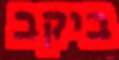
ביקב